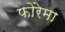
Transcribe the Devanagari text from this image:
फोरेमा